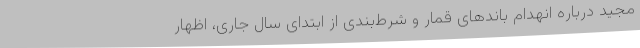
مجید درباره انهدام باندهای قمار و شرط‌بندی از ابتدای سال جاری، اظهار